Papers set at the Examination for Leaving Certificates, 1894
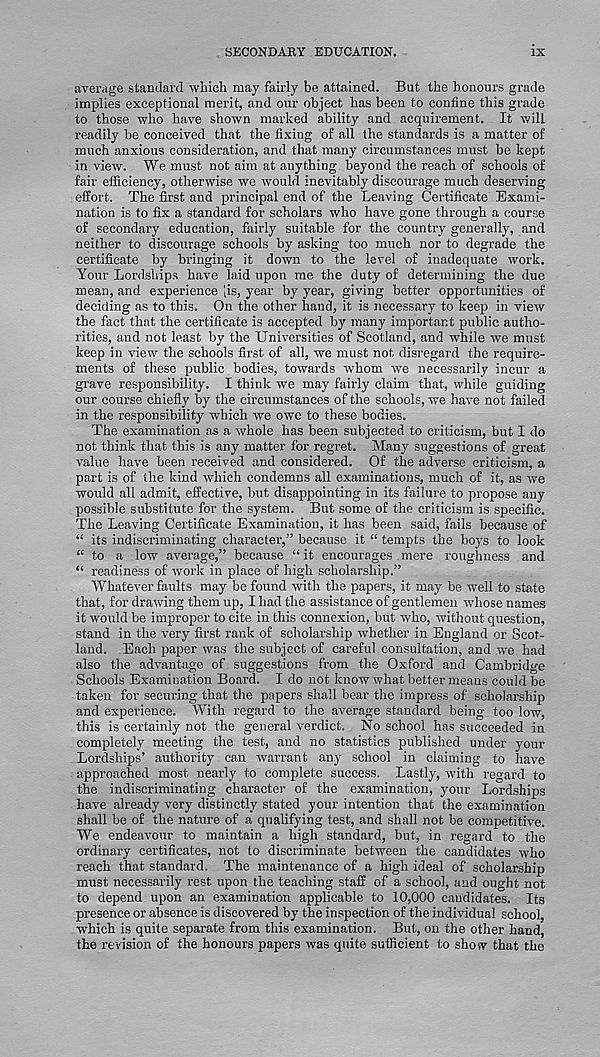
SECONDARY EDUCATION.
IX
average standard which may fairly be attained. But the honours grade
implies exceptional merit, and our object has been to confine this grade
to those who have shown marked ability and acquirement. It will
readily be conceived that the fixing of all the standards is a matter of
much anxious consideration, and that many circumstances must be kept
in view. We must not aim at anything beyond the reach of schools of
fair efficiency, otherwise we would inevitably discourage much deserving
effort. The first and principal end of the Leaving Certificate Exami-
nation is to fix a standard for scholars who have gone through a course
of secondary education, fairly suitable for the country generally, and
neither to discourage schools by asking too much nor to degrade the
certificate by bringing it down to the level of inadequate work.
Your Lordships have laid upon me the duty of determining the due
mean, and experience [is, year by year, giving better opportunities of
deciding as to this. On the other hand, it is necessary to keep in view
the fact that the certificate is accepted by many important public autho-
rities, and not least by the Universities of Scotland, and while we must
keep in view the schools first of all, we must not disregard the require-
ments of these public bodies, towards whom we necessarily incur a
grave responsibility. I think we may fairly claim that, while guiding
our course chiefly by the circumstances of the schools, we have not failed
in the responsibility which we owe to these bodies.
The examination as a whole has been subjected to criticism, but I do
not think that this is any matter for regret. Many suggestions of great
value have been received and considered. Of the adverse criticism, a
part is of the kind which condemns all examinations, much of it, as we
would all admit, effective, but disappointing in its failure to propose any
possible substitute for the system. But some of the criticism is specific.
The Leaving Certificate Examination, it has been said, fails because of
“ its indiscriminating character,” because it “ tempts the boys to look
“ to a low average,” because “ it encourages mere roughness and
“ readiness of work in place of high scholarship.”
Whatever faults may be found with the papers, it may be well to state
that, for drawing them up, I had the assistance of gentlemen whose names
it would be improper to cite in this connexion, but who, without question,
stand in the very first rank of scholarship whether in England or Scot-
land. Each paper was the subject of careful consultation, and we had
also the advantage of suggestions from the Oxford and Cambridge
Schools Examination Board. I do not know what better means could be
taken for securing that the papers shall bear the impress of scholarship
and experience. With regard to the average standard being too low,
this is certainly not the general verdict. No school has succeeded in
completely meeting the test, and no statistics published under your
Lordships’ authority can warrant any school in claiming to have
approached most nearly to complete success. Lastly, with regard to
the indiscriminating character of the examination, your Lordships
have already very distinctly stated your intention that the examination
shall be of the nature of a qualifying test, and shall not be competitive.
We endeavour to maintain a high standard, but, in regard to the
ordinary certificates, not to discriminate between the candidates who
reach that standard. The maintenance of a high ideal of scholarship
must necessarily rest upon the teaching staff of a school, and ought not
to depend upon an examination applicable to 10,000 candidates. Its
presence or absence is discovered by the inspection of the individual school,
which is quite separate from this examination. But, on the other hand,
the revision of the honours papers was quite sufficient to show that the